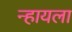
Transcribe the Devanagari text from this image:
न्हायला